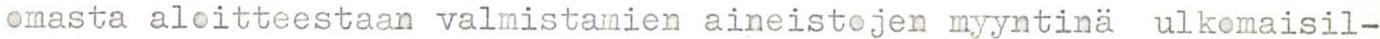
omasta aloitteestaan valmistamien aineistojen myyntinä ulkomaisil-